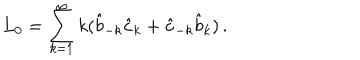
LaTeX: L _ { 0 } = \sum _ { k = 1 } ^ { \infty } k ( \hat { b } _ { - k } \hat { c } _ { k } + \hat { c } _ { - k } \hat { b } _ { k } ) \, .